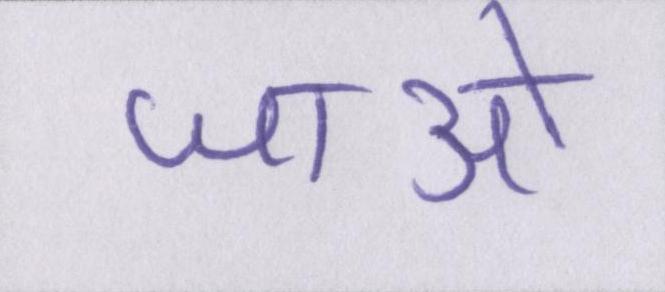
जाओ